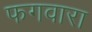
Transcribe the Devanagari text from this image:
फगवारा